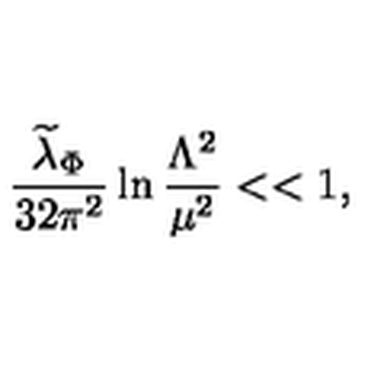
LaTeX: { \frac { { \widetilde \lambda } _ { \Phi } } { 3 2 \pi ^ { 2 } } } \ln { \frac { \Lambda ^ { 2 } } { \mu ^ { 2 } } } < < 1 ,